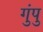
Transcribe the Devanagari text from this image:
गुंपु